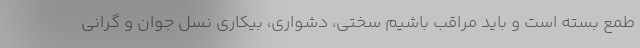
طمع بسته است و باید مراقب باشیم سختی، دشواری، بیکاری نسل جوان و گرانی